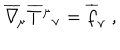
LaTeX: \overline { { \nabla } } _ { \! \mu } \overline { { T } } { ^ \mu } { _ \nu } = \overline { { f } } _ { \nu } \ ,